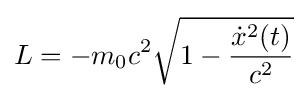
L=-m_{0}c^{2}{\sqrt {1-{\frac {{\dot {x}}^{2}(t)}{c^{2}}}}}